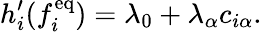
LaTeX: h_{i}^{\prime}(f_{i}^{\mathrm{eq}})=\lambda_{0}+\lambda_{\alpha}c_{i\alpha}.